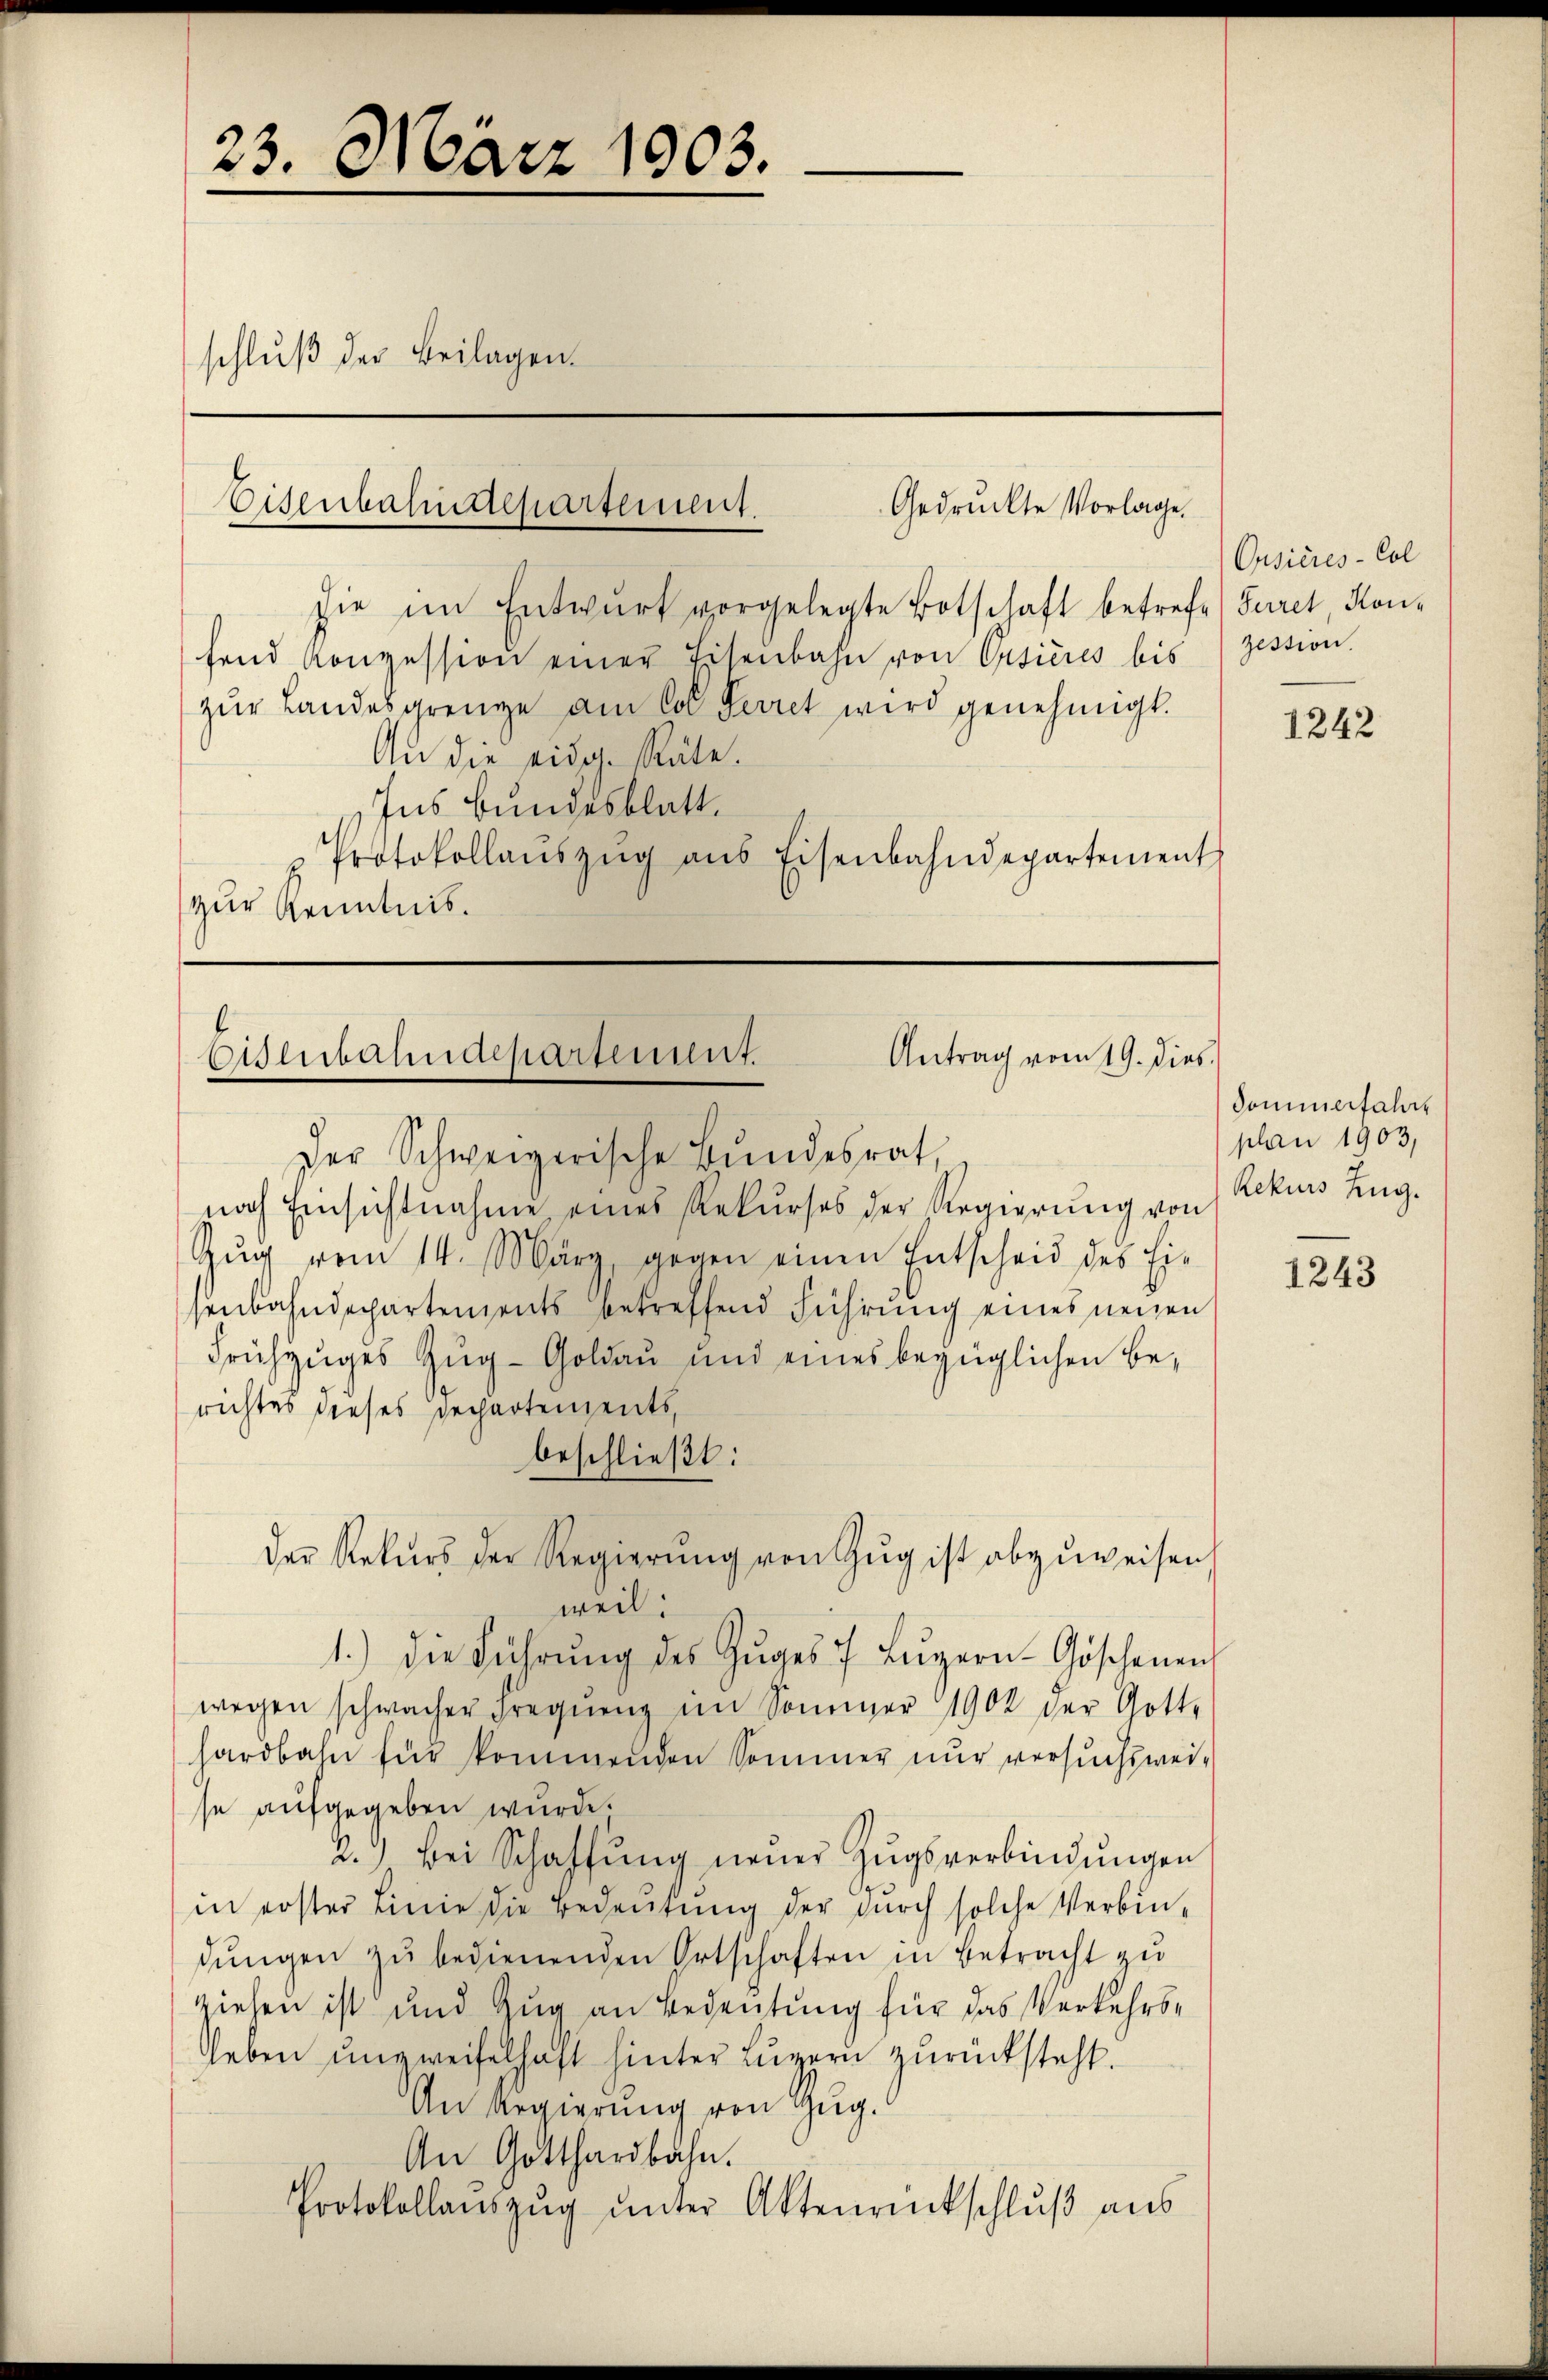
23. März 1903.
schluß der Beilagen.
Gedruckte Vorlage.
Eisenbahnstepartement.

An die eidg. Räte.
Ins Bundesblatt.
Protokollanszŭg ans Eisenbahndepartement
zur Kenntnis.

fend Konzession einer Eisenbahn von Pisieres bis
zŭr Landesgrenze am Col Secret wird genehmigt.

sie im Entwŭrf vorgelegte Botschaft betrefe) Furel Hon¬

Antrag vom 19. dies
Olirbahndepartement.
Der Schweizerische Bŭndesrat,

nach Einsichtnahme eines Rekurses der Regierŭng von
Zŭg vom 14. März, gegen einen Entscheid des hie
senbahndepartements betreffend Führung eines neuen
Frühzuges Zŭg-Goldau und eines bezüglichen Berichtes dieses Dechartements,
beschließt:
weil:
1.) Die Führŭng des Zŭges 7 Lŭzern-Göschenen
wegen schwacher Freqŭenz im Sommer 1902 der Gotte
hardbahn für kommenden Sommer nur versuchsweise aufgegeben wurde.
2.) Bei Schaffŭng neuer Zugsverbindungen
in erster Linie die Bedeutung der durch solche Verbin-
dŭngen zŭ bedienenden Ortschaften in Betracht zu
ziehen ist und Zug an Bedeutung für das Verkehrs¬
Leben unzweifelhaft hinter Luzern zurücksteht.
An Regierung von Zug.
An Gotthardbahn.
Protokollanszŭg ŭnter Aktenrückschlŭβ ans

der Rekŭrs der Regierŭng von Zŭg ist abzuweisen,

Ousieres-Col
zession.

1242

Sommerfahre
plan 1903,
Rekurs Zug.

1243